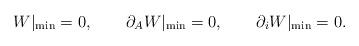
LaTeX: \begin{align*}W|_{\rm min}=0,\qquad \partial_A W|_{\rm min}=0, \qquad \partial_i W|_{\rm min}=0.\end{align*}